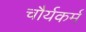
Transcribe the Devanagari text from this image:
चौर्यकर्म